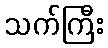
သက်ကြီး